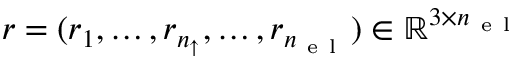
{ \boldsymbol { r } } = ( { \boldsymbol { r } } _ { 1 } , \dots , { \boldsymbol { r } } _ { n _ { \uparrow } } , \dots , { \boldsymbol { r } } _ { { n _ { \mathrm { ~ e ~ l ~ } } } } ) \in \mathbb { R } ^ { 3 \times { n _ { \mathrm { ~ e ~ l ~ } } } }